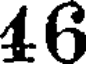
46